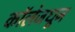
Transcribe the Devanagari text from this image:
कॉलेजधून